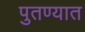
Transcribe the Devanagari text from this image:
पुतण्यात